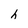
Character: h